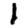
Digit: 1